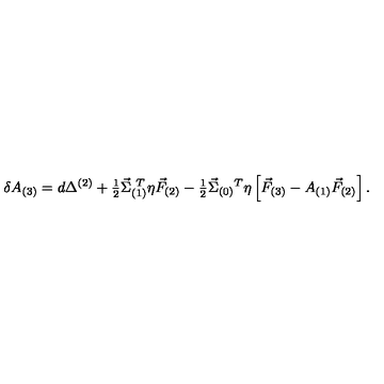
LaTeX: \delta A _ { ( 3 ) } = d \Delta ^ { ( 2 ) } + { \textstyle \frac { 1 } { 2 } } \vec { \Sigma } _ { ( 1 ) } ^ { \ T } \eta \vec { F } _ { ( 2 ) } - { \textstyle \frac { 1 } { 2 } } \vec { \Sigma } _ { ( 0 ) } { } ^ { T } \eta \left[ \vec { F } _ { ( 3 ) } - A _ { ( 1 ) } \vec { F } _ { ( 2 ) } \right] .